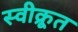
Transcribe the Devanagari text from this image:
स्वीक्रूत